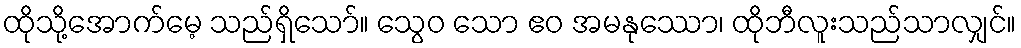
ထိုသို့အောက်မေ့ သည်ရှိသော်။ သွေဝ သော ဧဝ အမနုဿော၊ ထိုဘီလူးသည်သာလျှင်။